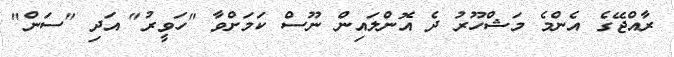
ރާއްޖޭގެ އެންމެ މަޝްހޫރު ދެ އޮންލައިން ނޫސް ކަމަށްވާ "ހަވީރު" އަދި "ސަން"